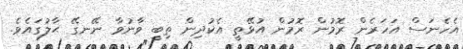
އެހެނަސް އަހަރެން ރޮމުން ރޮމުން އުޅޭތީ އެކުދިން ތިބީ ވާނުވާ ނޭނގޭ ޙާލުގައެވެ.